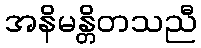
အနိမန္တိတသညီ